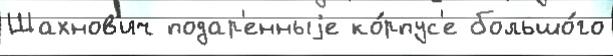
Шахнов'ич подар'енныjе ко́рпус'е большо́го